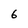
Character: 6